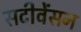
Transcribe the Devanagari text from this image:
सटीवेंसन